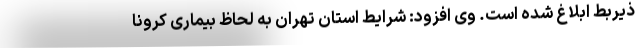
ذیربط ابلاغ شده است. وی افزود: شرایط استان تهران به لحاظ بیماری کرونا